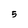
Character: 5